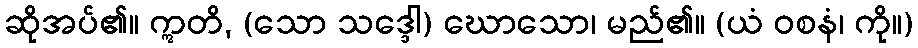
ဆိုအပ်၏။ ဣတိ, (သော သဒ္ဒေါ) ဃောသော၊ မည်၏။ (ယံ ဝစနံ၊ ကို။)